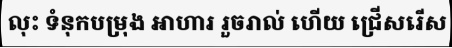
លុះ ទំនុកបម្រុង អាហារ រួចរាល់ ហើយ ជ្រើសរើស